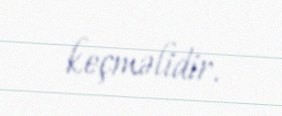
keçməlidir.